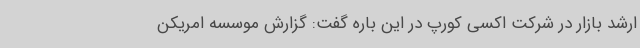
ارشد بازار در شرکت اکسی کورپ در این باره گفت: گزارش موسسه امریکن